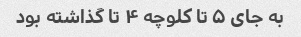
به جای ۵ تا کلوچه ۴ تا گذاشته بود